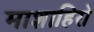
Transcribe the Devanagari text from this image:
माशाहिरो